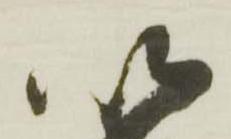
以